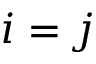
i = j